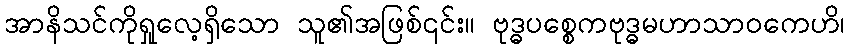
အာနိသင်ကိုရှုလေ့ရှိသော သူ၏အဖြစ်၎င်း။ ဗုဒ္ဓပစ္စေကဗုဒ္ဓမဟာသာဝကေဟိ၊